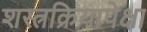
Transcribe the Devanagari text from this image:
शस्त्रक्रियापेक्षा